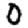
Digit: 0